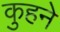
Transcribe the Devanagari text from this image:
कुहने